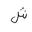
Letter: _shin